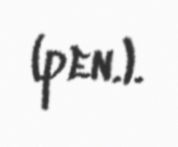
(pen.).